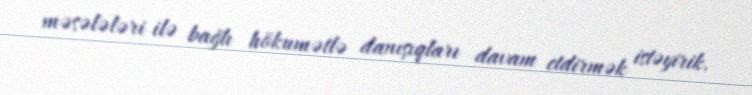
məsələləri ilə bağlı hökumətlə danışıqları davam etdirmək istəyirik.